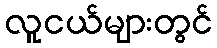
လူငယ်များတွင်